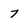
Character: 7